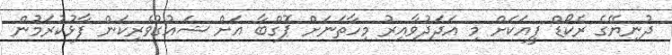
ދުނިޔޭގެ ރެކޯޑް ފީއަކަށް މި އަދަދުވާއިރު މިހާތަނަށް ޕޮގްބާ އަށް ޝައުގުވެރިކަން ފާޅުކުރަމުން